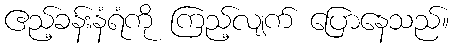
ဧည့်ခန်းနံရံကို ကြည့်လျက် ပြောနေသည်။